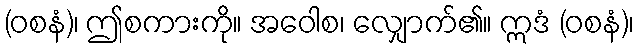
(ဝစနံ)၊ ဤစကားကို။ အဝေါစ၊ လျှောက်၏။ ဣဒံ (ဝစနံ)၊